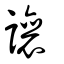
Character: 讓